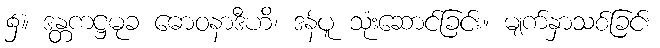
၌။ ဒန္တကဋ္ဌမုခ ဓောဝနာဒီဟိ၊ ဒန်ပူ သုံးဆောင်ခြင်း။ မျက်နှာသစ်ခြင်း